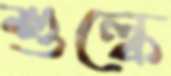
শুল্কে